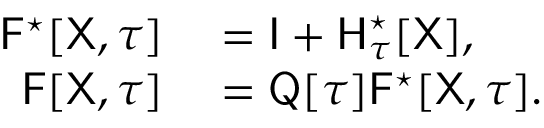
\begin{array} { r l } { \mathsf { F } ^ { \star } [ \mathsf { X } , \tau ] } & { { } = \mathsf { I } + \mathsf { H } _ { \tau } ^ { \star } [ \mathsf { X } ] , } \\ { \mathsf { F } [ \mathsf { X } , \tau ] } & { { } = \mathsf { Q } [ \tau ] \mathsf { F } ^ { \star } [ \mathsf { X } , \tau ] . } \end{array}